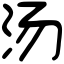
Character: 汤